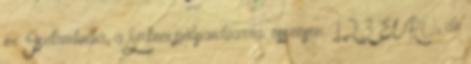
ér Isztambulba, a Sirkeci pályaudvarra. összesen: 123 EURO, de